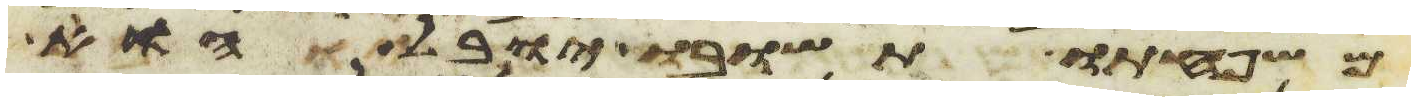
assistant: משפחתו תשובו יובל הוא